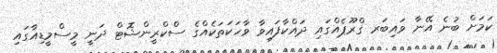
ކަމަށް ބުނެ އޭނާ ވައިބަރ ގްރޫޕެއްގައި ދައްކާފައިވާ ވާހަކަތަކެއްގެ ސްކްރީންޝޮޓް ދަނީ މީސްމީޑިއާގައި